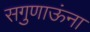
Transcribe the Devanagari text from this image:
सगुणाऊंना